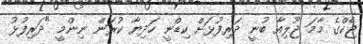
ޖެކްގެ މާމަ ޖޫލިއާ ބުނީ ދަރިފުޅަށް ކިޑްނީ ހަދިޔާ ކުރަން ނިންމީ "ދަރިފުޅު